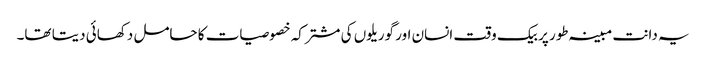
یہ دانت مبینہ طور پر بیک وقت انسان اور گوریلوں کی مشترکہ خصوصیات کا حامل دکھائی دیتا تھا۔